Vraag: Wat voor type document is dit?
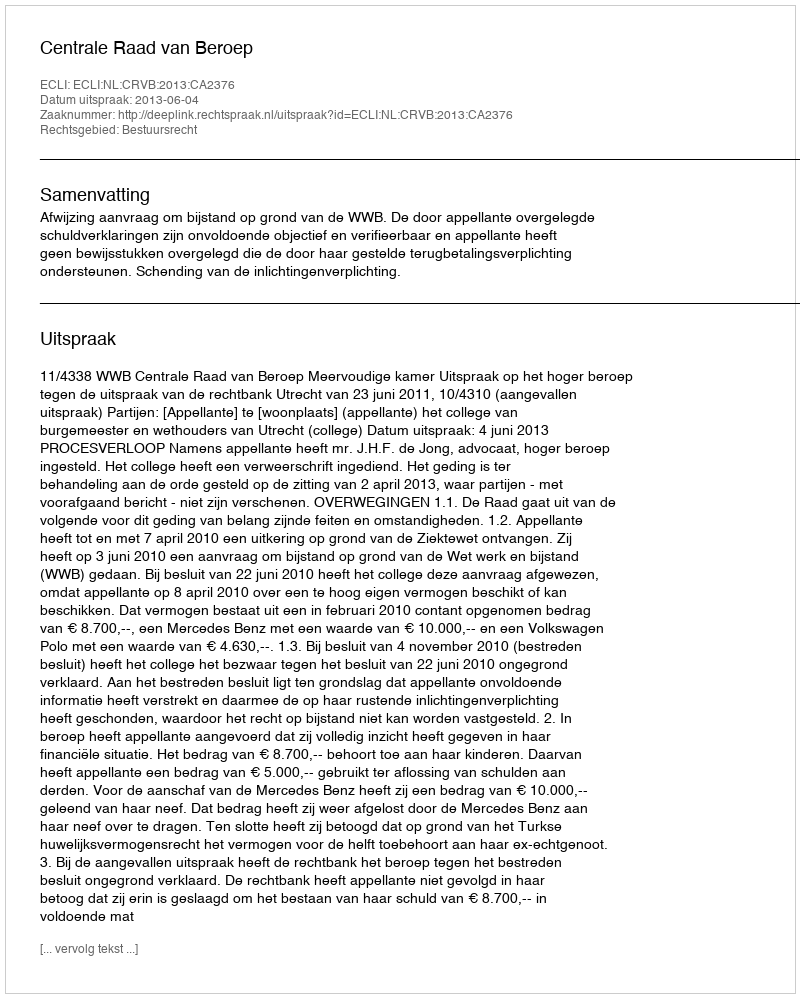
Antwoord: Uitspraak